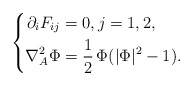
\begin{align*}\left\{\begin{aligned}\partial_i F_{ij} &=0, j=1,2,\\\nabla^{2}_{A} \Phi &=\frac12\,\Phi(|\Phi|^2-1).\end{aligned}\right.\end{align*}